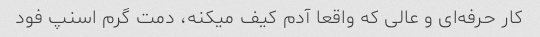
کار حرفه‌ای و عالی که واقعا آدم کیف میکنه، دمت گرم اسنپ فود